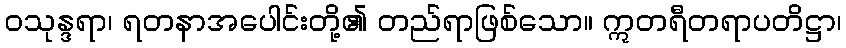
ဝသုန္ဒရာ၊ ရတနာအပေါင်းတို့၏ တည်ရာဖြစ်သော။ ဣတရီတရာပတိဋ္ဌာ၊